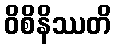
ဝိစိနိဿတိ